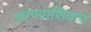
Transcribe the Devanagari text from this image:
जाण्याशिवाय